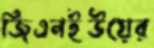
জিএনইউয়ের